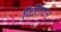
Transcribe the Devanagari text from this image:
विलिंग्टन